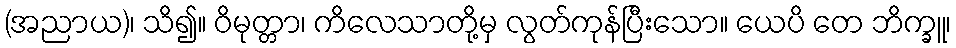
(အညာယ)၊ သိ၍။ ဝိမုတ္တာ၊ ကိလေသာတို့မှ လွတ်ကုန်ပြီးသော။ ယေပိ တေ ဘိက္ခူ၊